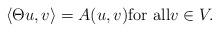
LaTeX: \begin{align*} \langle \Theta u,v\rangle=A(u,v){\rm for \,\,all}v\in V.\end{align*}